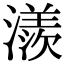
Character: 㵪